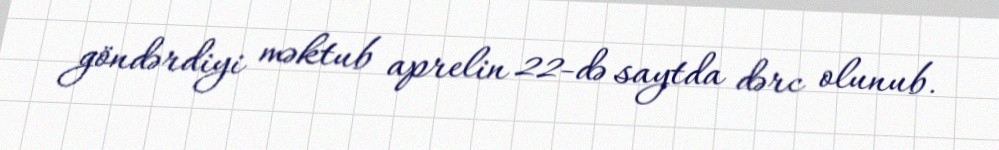
göndərdiyi məktub aprelin 22-də saytda dərc olunub.